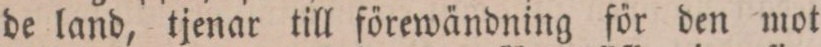
de land, tjenar till förewändning för den mot